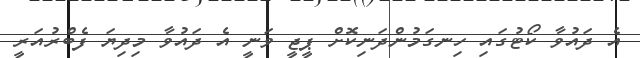
އެ ދައުވާ ކޯޓުގައި ހިނގަމުންދަނިކޮށް ޕީޖީ ވަނީ އެ ދައުވާ މިދިޔަ ފެބްރުއަރީ